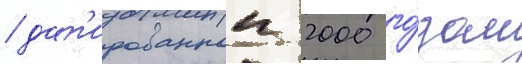
/ дат'ированнои 2000 го́дом